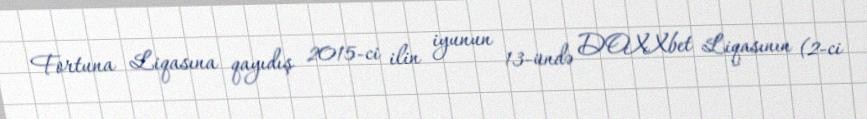
Fortuna Liqasına qayıdış 2015-ci ilin iyunun 13-ündə DOXXbet Liqasının (2-ci